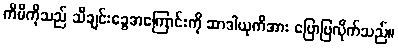
ကီမီကိုသည် သီချင်းခွေအကြောင်းကို ဆာဒါယုကိအား ပြောပြလိုက်သည်။